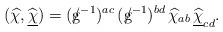
LaTeX: \begin{align*} (\widehat\chi,\widehat{\underline{\chi}})= (\slash \llap g^{-1})^{ac}\,(\slash \llap g^{-1})^{bd}\, \widehat{\chi}_{ab}\,\widehat{\underline{\chi}}_{cd}.\end{align*}